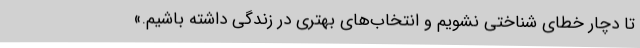
تا دچار خطای شناختی نشویم و انتخاب‌های بهتری در زندگی داشته باشیم.»